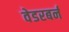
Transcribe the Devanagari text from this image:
वेडरबर्न